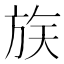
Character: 𪯶